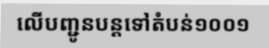
លើបញ្ជូនបន្តទៅតំបន់១០០១